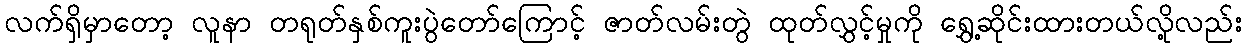
လက်ရှိမှာတော့ လူနာ တရုတ်နှစ်ကူးပွဲတော်ကြောင့် ဇာတ်လမ်းတွဲ ထုတ်လွှင့်မှုကို ရွှေ့ဆိုင်းထားတယ်လို့လည်း